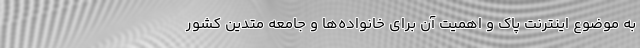
به موضوع اینترنت پاک و اهمیت آن برای خانواده‌ها و جامعه متدین کشور